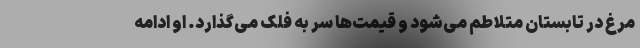
مرغ در تابستان متلاطم می‌شود و قیمت‌ها سر به فلک می‌گذارد. او ادامه